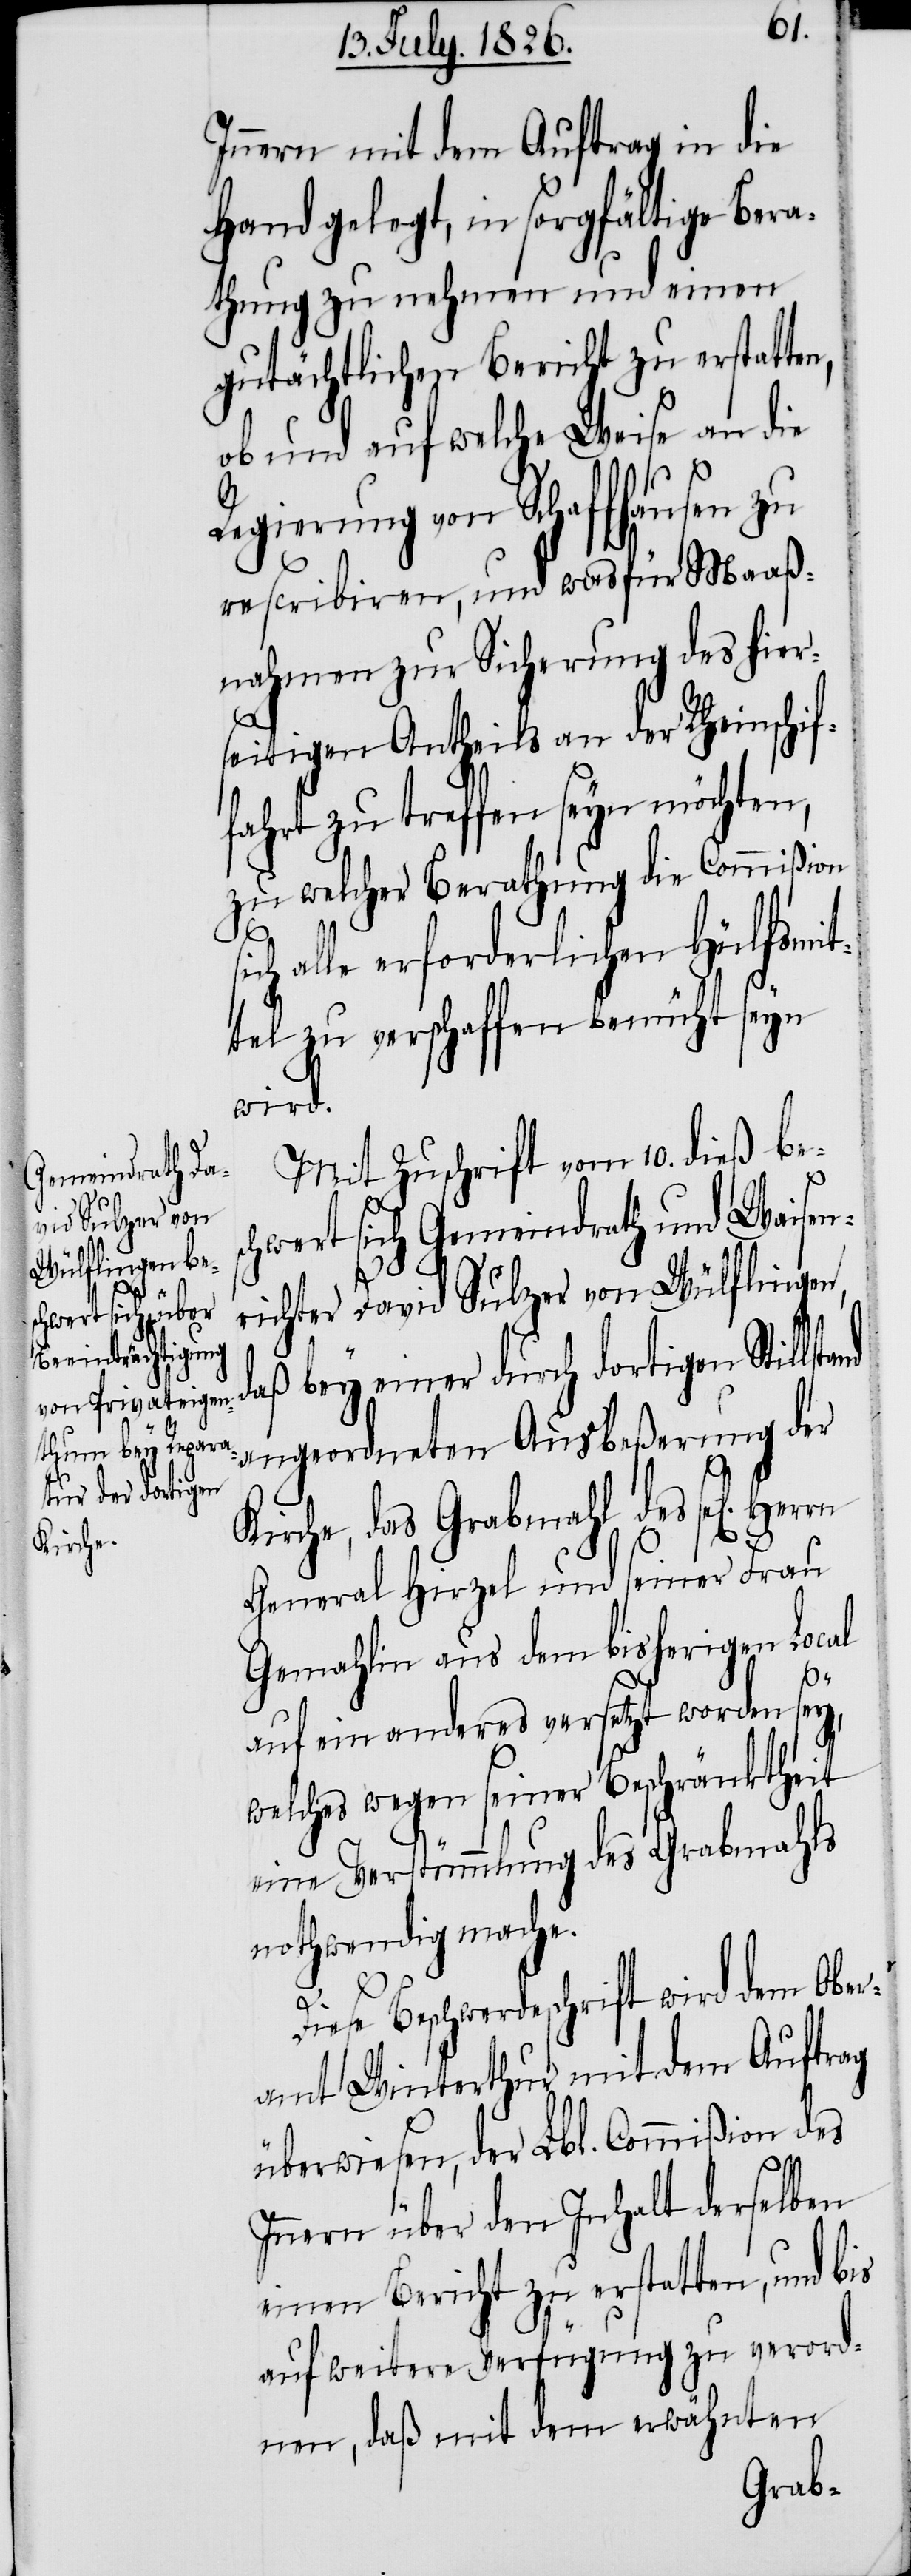
Innern mit dem Auftrag in die
Hand gelegt, in sorgfältige Bera¬
thung zu nehmen und einen
gutächtlichen Bericht zu erstatten,
ob und auf welche Weise an die
Regierung von Schaffhausen zu
rescribiren, und was für Maaß¬
nahmen zur Sicherung des hier¬
seitigen Antheils an der Rheinschif¬
fahrt zu treffen seyn möchten,
zu welcher Berathung die Commißion
ich alle erforderlichen Hülfsmit¬
tel zu verschaffen bemüht seyn
wird.
Mit Zuschrift vom 10. dieß be¬
schwert sich Gemeindrath und Waisen¬
richter David Sulzer von Wülflingen,
angeordneten Ausbeßerung der
daß bey einer
Kirche, das Grabmahl des sel. Her¬
General Hirzel und seiner Frau
Gemahlin aus dem bisherigen Local
auf ein anderes versetzt worden sey,
welches wegen seiner Beschränktheit
eine Verstümmlung des Grabmahls
nothwendig mache.
s¬
rn
Diese Beschwerdeschrift wird dem Ober¬
amt Winterthur mit dem Auftrag
überwiesen, der Lbl. Commißion des
Innern über den Inhalt derselben
einen Bericht zu erstatten, und bis
auf weitere Verfügung zu verord¬
nen, daß mit dem erwähnten